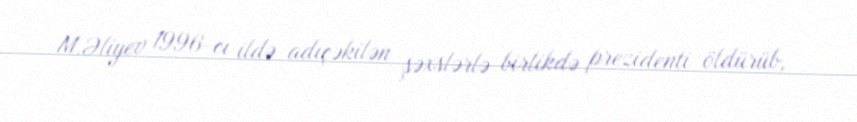
M.Əliyev 1996-cı ildə adıçəkilən şəxslərlə birlikdə prezidenti öldürüb,